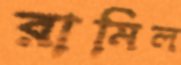
রামিল